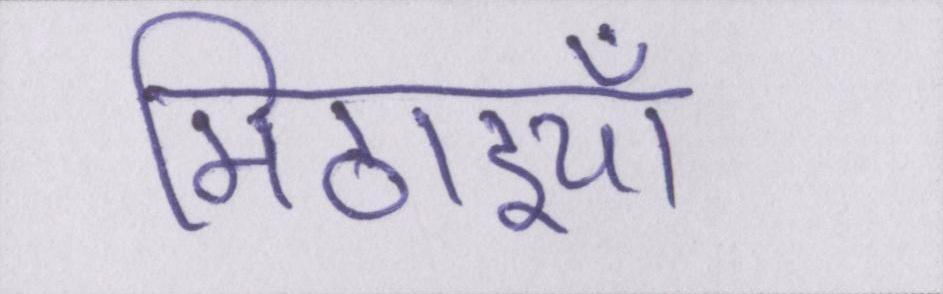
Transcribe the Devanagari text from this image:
मिठाइयाँ